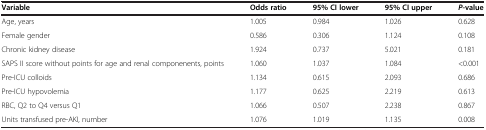
<table><thead><tr><td><b>Variable</b></td><td><b>Odds ratio</b></td><td><b>95% CI lower</b></td><td><b>95% CI upper</b></td><td><b><i>P</i>-value</b></td></tr></thead><tbody><tr><td>Age, years</td><td>1.005</td><td>0.984</td><td>1.026</td><td>0.628</td></tr><tr><td>Female gender</td><td>0.586</td><td>0.306</td><td>1.124</td><td>0.108</td></tr><tr><td>Chronic kidney disease</td><td>1.924</td><td>0.737</td><td>5.021</td><td>0.181</td></tr><tr><td>SAPS II score without points for age and renal componenents, points</td><td>1.060</td><td>1.037</td><td>1.084</td><td>&lt;0.001</td></tr><tr><td>Pre-ICU colloids</td><td>1.134</td><td>0.615</td><td>2.093</td><td>0.686</td></tr><tr><td>Pre-ICU hypovolemia</td><td>1.177</td><td>0.625</td><td>2.219</td><td>0.613</td></tr><tr><td>RBC, Q2 to Q4 versus Q1</td><td>1.066</td><td>0.507</td><td>2.238</td><td>0.867</td></tr><tr><td>Units transfused pre-AKI, number</td><td>1.076</td><td>1.019</td><td>1.135</td><td>0.008</td></tr></tbody></table>